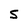
Character: 5